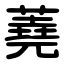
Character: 蕘